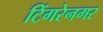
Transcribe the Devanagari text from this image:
टिंगरेनगर